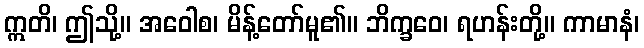
ဣတိ၊ ဤသို့။ အဝေါစ၊ မိန့်တော်မူ၏။ ဘိက္ခဝေ၊ ရဟန်းတို့။ ကာမာနံ၊